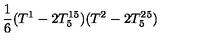
\frac { 1 } { 6 } ( T ^ { 1 } - 2 T _ { 5 } ^ { 1 5 } ) ( T ^ { 2 } - 2 T _ { 5 } ^ { 2 5 } )